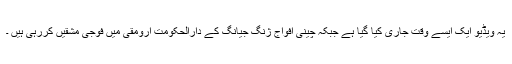
یہ ویڈیو ایک ایسے وقت جاری کیا گیا ہے جبکہ چینی افواج ژنگ جیانگ کے دارالحکومت ارومقی میں فوجی مشقیں کررہی ہیں ۔